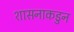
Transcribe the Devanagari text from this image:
शासनाकडुन